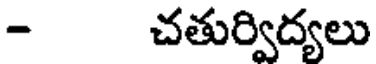
- చతుర్విద్యలు